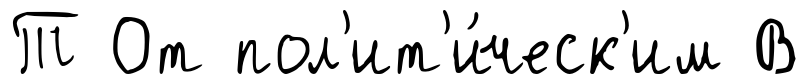
Т От пол'ит'и́ческ'им В